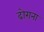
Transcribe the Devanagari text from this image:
ढोराना